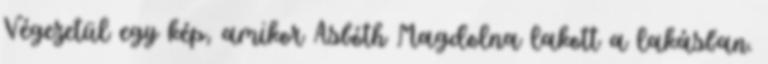
Végezetül egy kép, amikor Asbóth Magdolna lakott a lakásban.